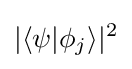
|\langle \psi |\phi _{j}\rangle |^{2}